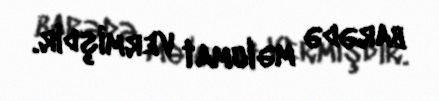
barədə məlumat vermişdir.